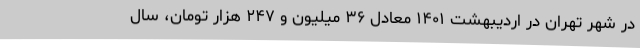
در شهر تهران در اردیبهشت ۱۴۰۱ معادل ۳۶ میلیون و ۲۴۷ هزار تومان، سال